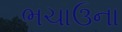
ભચાઉના